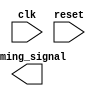
module timing_control_block (
    input wire clk,
    input wire reset,
    output reg timing_signal
);

// Timing control logic goes here

endmodule